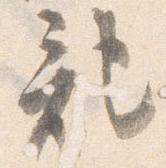
記